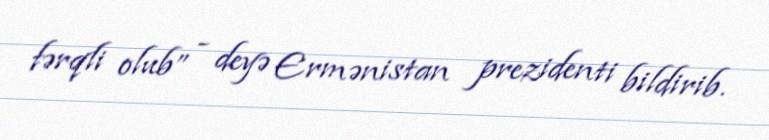
fərqli olub” - deyə Ermənistan prezidenti bildirib.